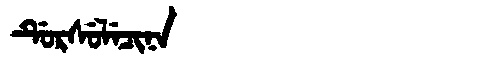
Manchu: ᡩᡠᡵᠰᡠᠯᡝᠴᡳᠨᠠ
Romanization: DURSULECINA